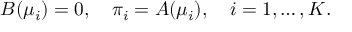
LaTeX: B ( \mu _ { i } ) = 0 , \quad \pi _ { i } = A ( \mu _ { i } ) , \quad i = 1 , \ldots , K .